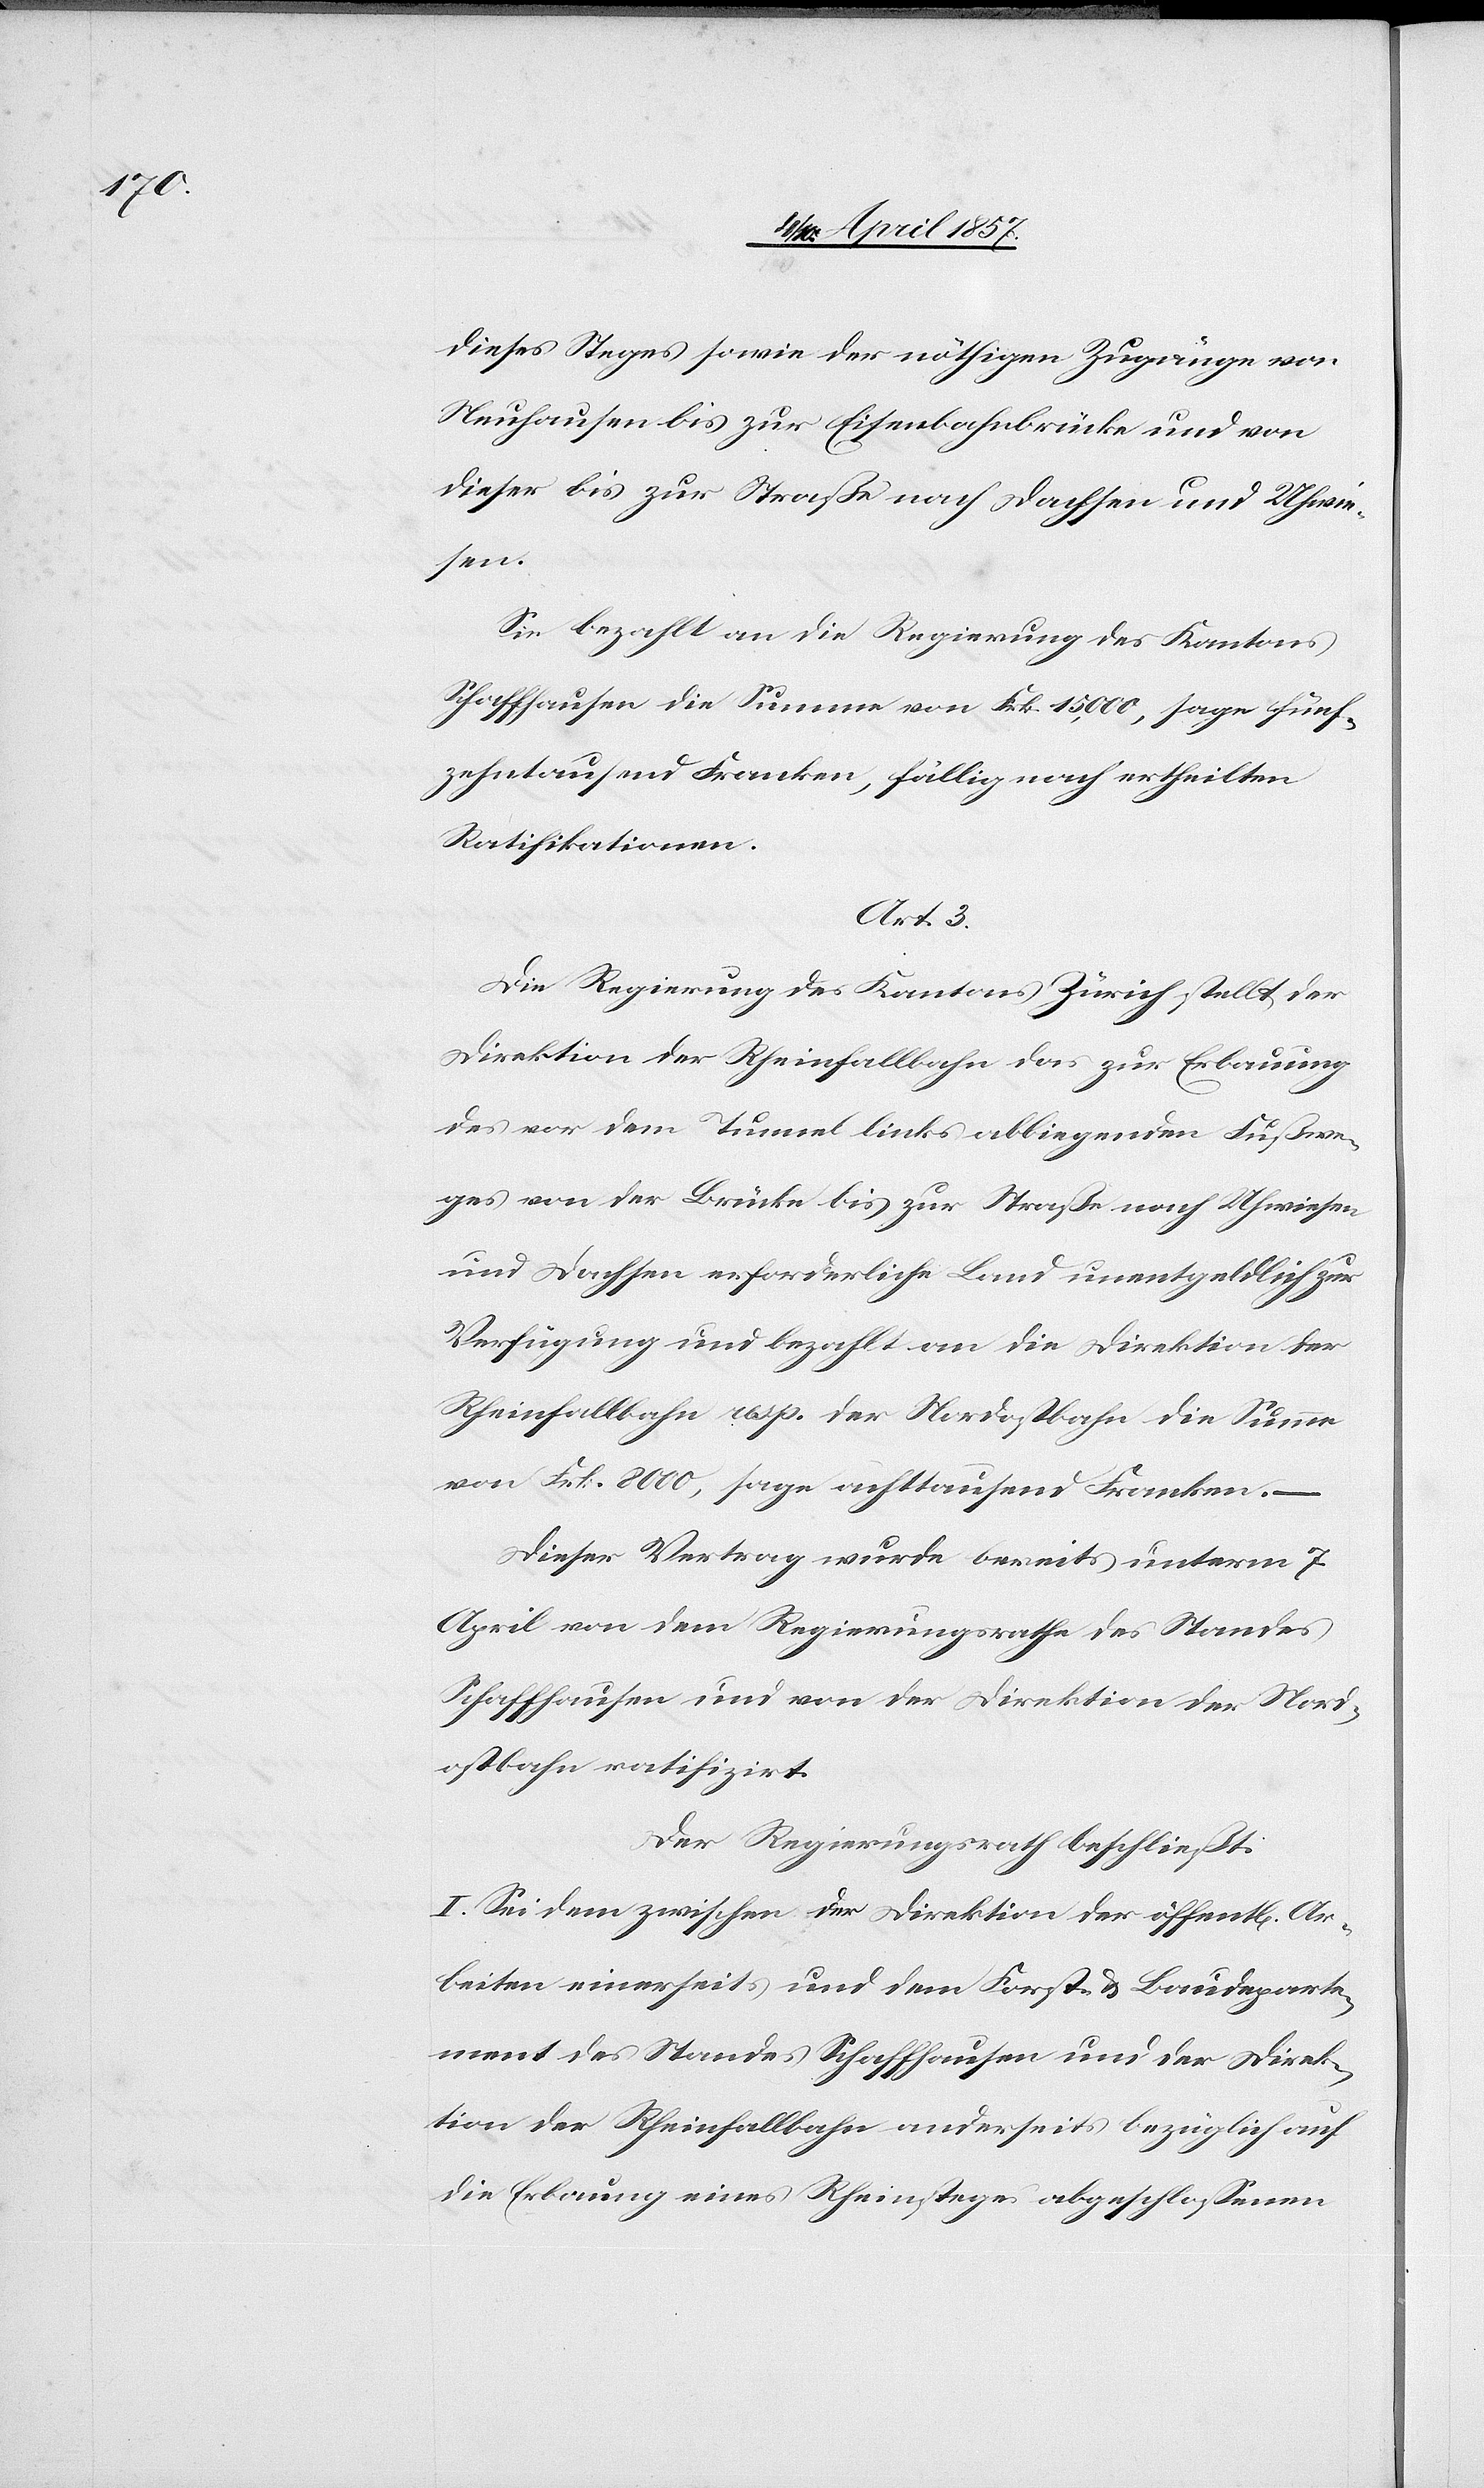
dieses Steges sowie der nöthigen Zugänge von
Neuhausen bis zur Eisenbahnbrücke und von
dieser bis zur Straße nach Dachsen und Uhwie¬
hen]
Sie bezahlt an die Regierung des Kantons
Schaffhausen die Summe von Frk. 15,000, sage fünf¬
zehntausend Franken, fällig nach ertheilten
Ratifikationen.
Art. 3.
Die Regierung des Kantons Zürich stellt der
Direktion der Rheinfallbahn das zur Erbauung
des vor dem Tunnel links abbiegenden Fußwe¬
ges von der Brücke bis zur Straße nach Uhwiesen
und Dachsen erforderliche Land unentgeldlich zur
Verfügung und bezahlt an die Direktion der
Rheinfallbahn resp. der Nordostbahn die Summe
von Frk. 8000, sage achttausend Franken. –
Dieser Vertrag wurde bereits unterm 7.
April von dem Regierungsrathe des Standes
Schaffhausen und von der Direktion der Nord¬
ostbahn ratifizirt.
Der Regierungsrath beschließt:
I. Sei dem zwischen der Direktion der öffentl[ic¬
Arbeiten einerseits und dem Forst- & Baudeparte¬
ment des Standes Schaffhausen und der Direk¬
tion der Rheinfallbahn anderseits bezüglich auf
die Erbau[u]ng eines Rheinsteges abgeschlossenen